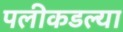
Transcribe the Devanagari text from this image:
पलीकडल्या